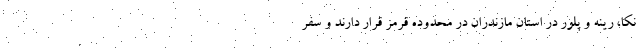
نکا، رینه و پلور در استان مازندران در محدوده قرمز قرار دارند و سفر